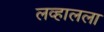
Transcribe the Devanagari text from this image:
लव्हालला